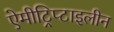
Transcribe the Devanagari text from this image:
ऐमीट्रिप्टाइलीन